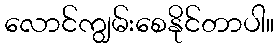
လောင်ကျွမ်းစေနိုင်တာပါ။